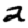
Digit: 2